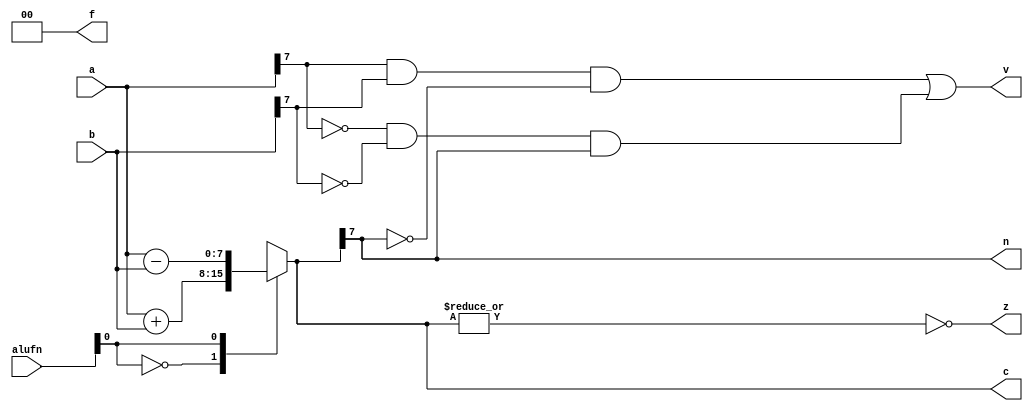
/*
   This file was generated automatically by the Mojo IDE version B1.3.6.
   Do not edit this file directly. Instead edit the original Lucid source.
   This is a temporary file and any changes made to it will be destroyed.
*/

module add_3 (
    input [5:0] alufn,
    input [7:0] a,
    input [7:0] b,
    output reg [7:0] c,
    output reg z,
    output reg v,
    output reg n,
    output reg [1:0] f
  );
  
  
  
  reg [7:0] sum;
  
  always @* begin
    c = 16'h0000;
    z = 1'h0;
    v = 1'h0;
    n = 1'h0;
    f = 2'h1;
    sum = 8'h00;
    
    case (alufn[0+0-:1])
      1'h0: begin
        sum = a + b;
        f = 2'h0;
      end
      1'h1: begin
        sum = a - b;
        f = 2'h0;
      end
      default: begin
        sum = 8'h00;
        f = 2'h0;
      end
    endcase
    c = sum;
    z = (~|sum);
    v = (a[7+0-:1] & b[7+0-:1] & (~sum[7+0-:1])) | ((~a[7+0-:1]) & (~b[7+0-:1]) & sum[7+0-:1]);
    n = sum[7+0-:1];
  end
endmodule